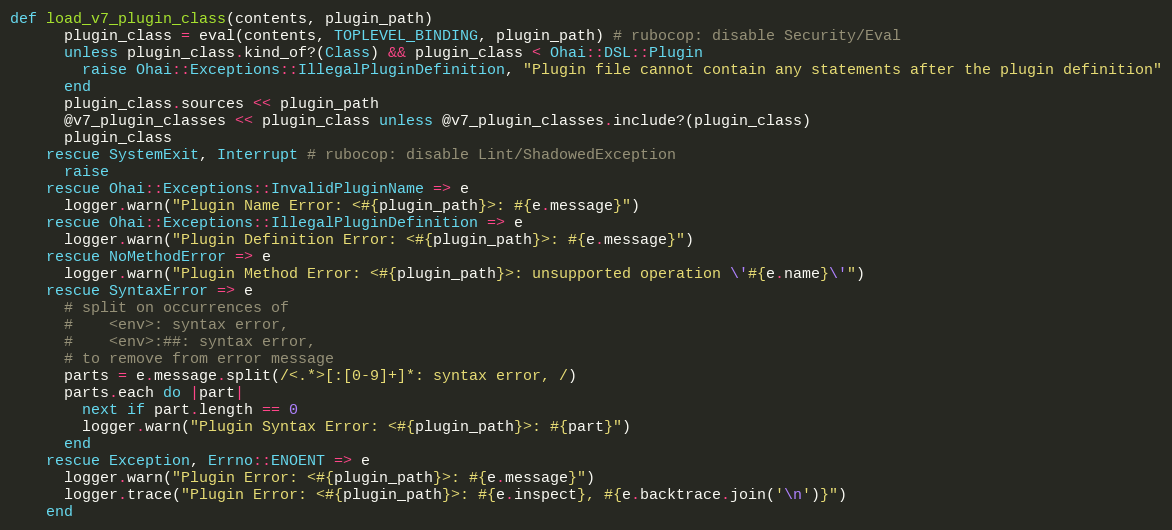
Language: Ruby
def load_v7_plugin_class(contents, plugin_path)
      plugin_class = eval(contents, TOPLEVEL_BINDING, plugin_path) # rubocop: disable Security/Eval
      unless plugin_class.kind_of?(Class) && plugin_class < Ohai::DSL::Plugin
        raise Ohai::Exceptions::IllegalPluginDefinition, "Plugin file cannot contain any statements after the plugin definition"
      end
      plugin_class.sources << plugin_path
      @v7_plugin_classes << plugin_class unless @v7_plugin_classes.include?(plugin_class)
      plugin_class
    rescue SystemExit, Interrupt # rubocop: disable Lint/ShadowedException
      raise
    rescue Ohai::Exceptions::InvalidPluginName => e
      logger.warn("Plugin Name Error: <#{plugin_path}>: #{e.message}")
    rescue Ohai::Exceptions::IllegalPluginDefinition => e
      logger.warn("Plugin Definition Error: <#{plugin_path}>: #{e.message}")
    rescue NoMethodError => e
      logger.warn("Plugin Method Error: <#{plugin_path}>: unsupported operation \'#{e.name}\'")
    rescue SyntaxError => e
      # split on occurrences of
      #    <env>: syntax error,
      #    <env>:##: syntax error,
      # to remove from error message
      parts = e.message.split(/<.*>[:[0-9]+]*: syntax error, /)
      parts.each do |part|
        next if part.length == 0
        logger.warn("Plugin Syntax Error: <#{plugin_path}>: #{part}")
      end
    rescue Exception, Errno::ENOENT => e
      logger.warn("Plugin Error: <#{plugin_path}>: #{e.message}")
      logger.trace("Plugin Error: <#{plugin_path}>: #{e.inspect}, #{e.backtrace.join('\n')}")
    end